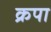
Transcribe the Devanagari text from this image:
क्रपा